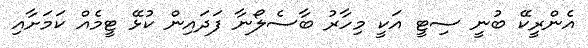
އެންރީކޭ ބުނީ ސިޓީ އަކީ މިހާރު ބާސެލޯނާ ފަދައިން ކުޅޭ ޓީމެއް ކަމަށާއި